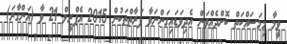
ވީމާ މިމަސައްކަތް ކޮށްދެއްވަން އެދިވަޑައިގަންނަވާ ފަރާތްތަކުން 2015 އެޕްރީލް 21 ވާ (އަންގާރަ)